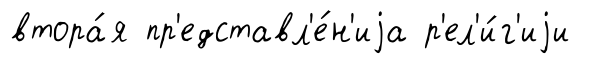
втора́я пр'едставл'е́н'иjа р'ел'и́г'иjи